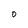
Character: 0